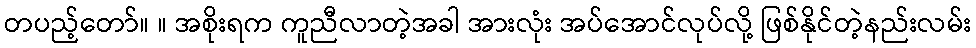
တပည့်တော်။ ။ အစိုးရက ကူညီလာတဲ့အခါ အားလုံး အပ်အောင်လုပ်လို့ ဖြစ်နိုင်တဲ့နည်းလမ်း